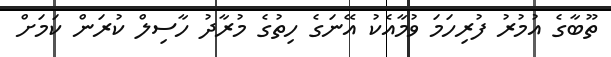
ތޫބާގެ އުމުރު ފުރިހަމަ ވުމާއެކު އޭނަގެ ހިތުގެ މުރާދު ހާސިލް ކުރަން ކަމަށް